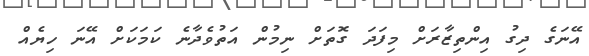
އޭނަގެ ދިގު އިންތިޒާރަށް މިފަދަ ގޮތަށް ނިމުން އަތުވެދާނެ ކަމަކަށް އޭނަ ހިޔެއް